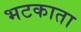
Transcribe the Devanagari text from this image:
भटकाता